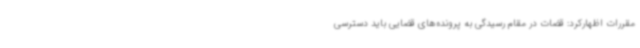
مقررات اظهارکرد: قضات در مقام رسیدگی به پرونده‌های قضایی باید دسترسی